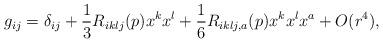
LaTeX: \begin{align*}g_{ij}=\delta_{ij}+\frac{1}{3}R_{iklj}(p)x^kx^l + \frac{1}{6} R_{iklj,a}(p)x^kx^lx^a + O(r^4),\end{align*}